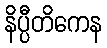
နိပ္ပီတိကေန